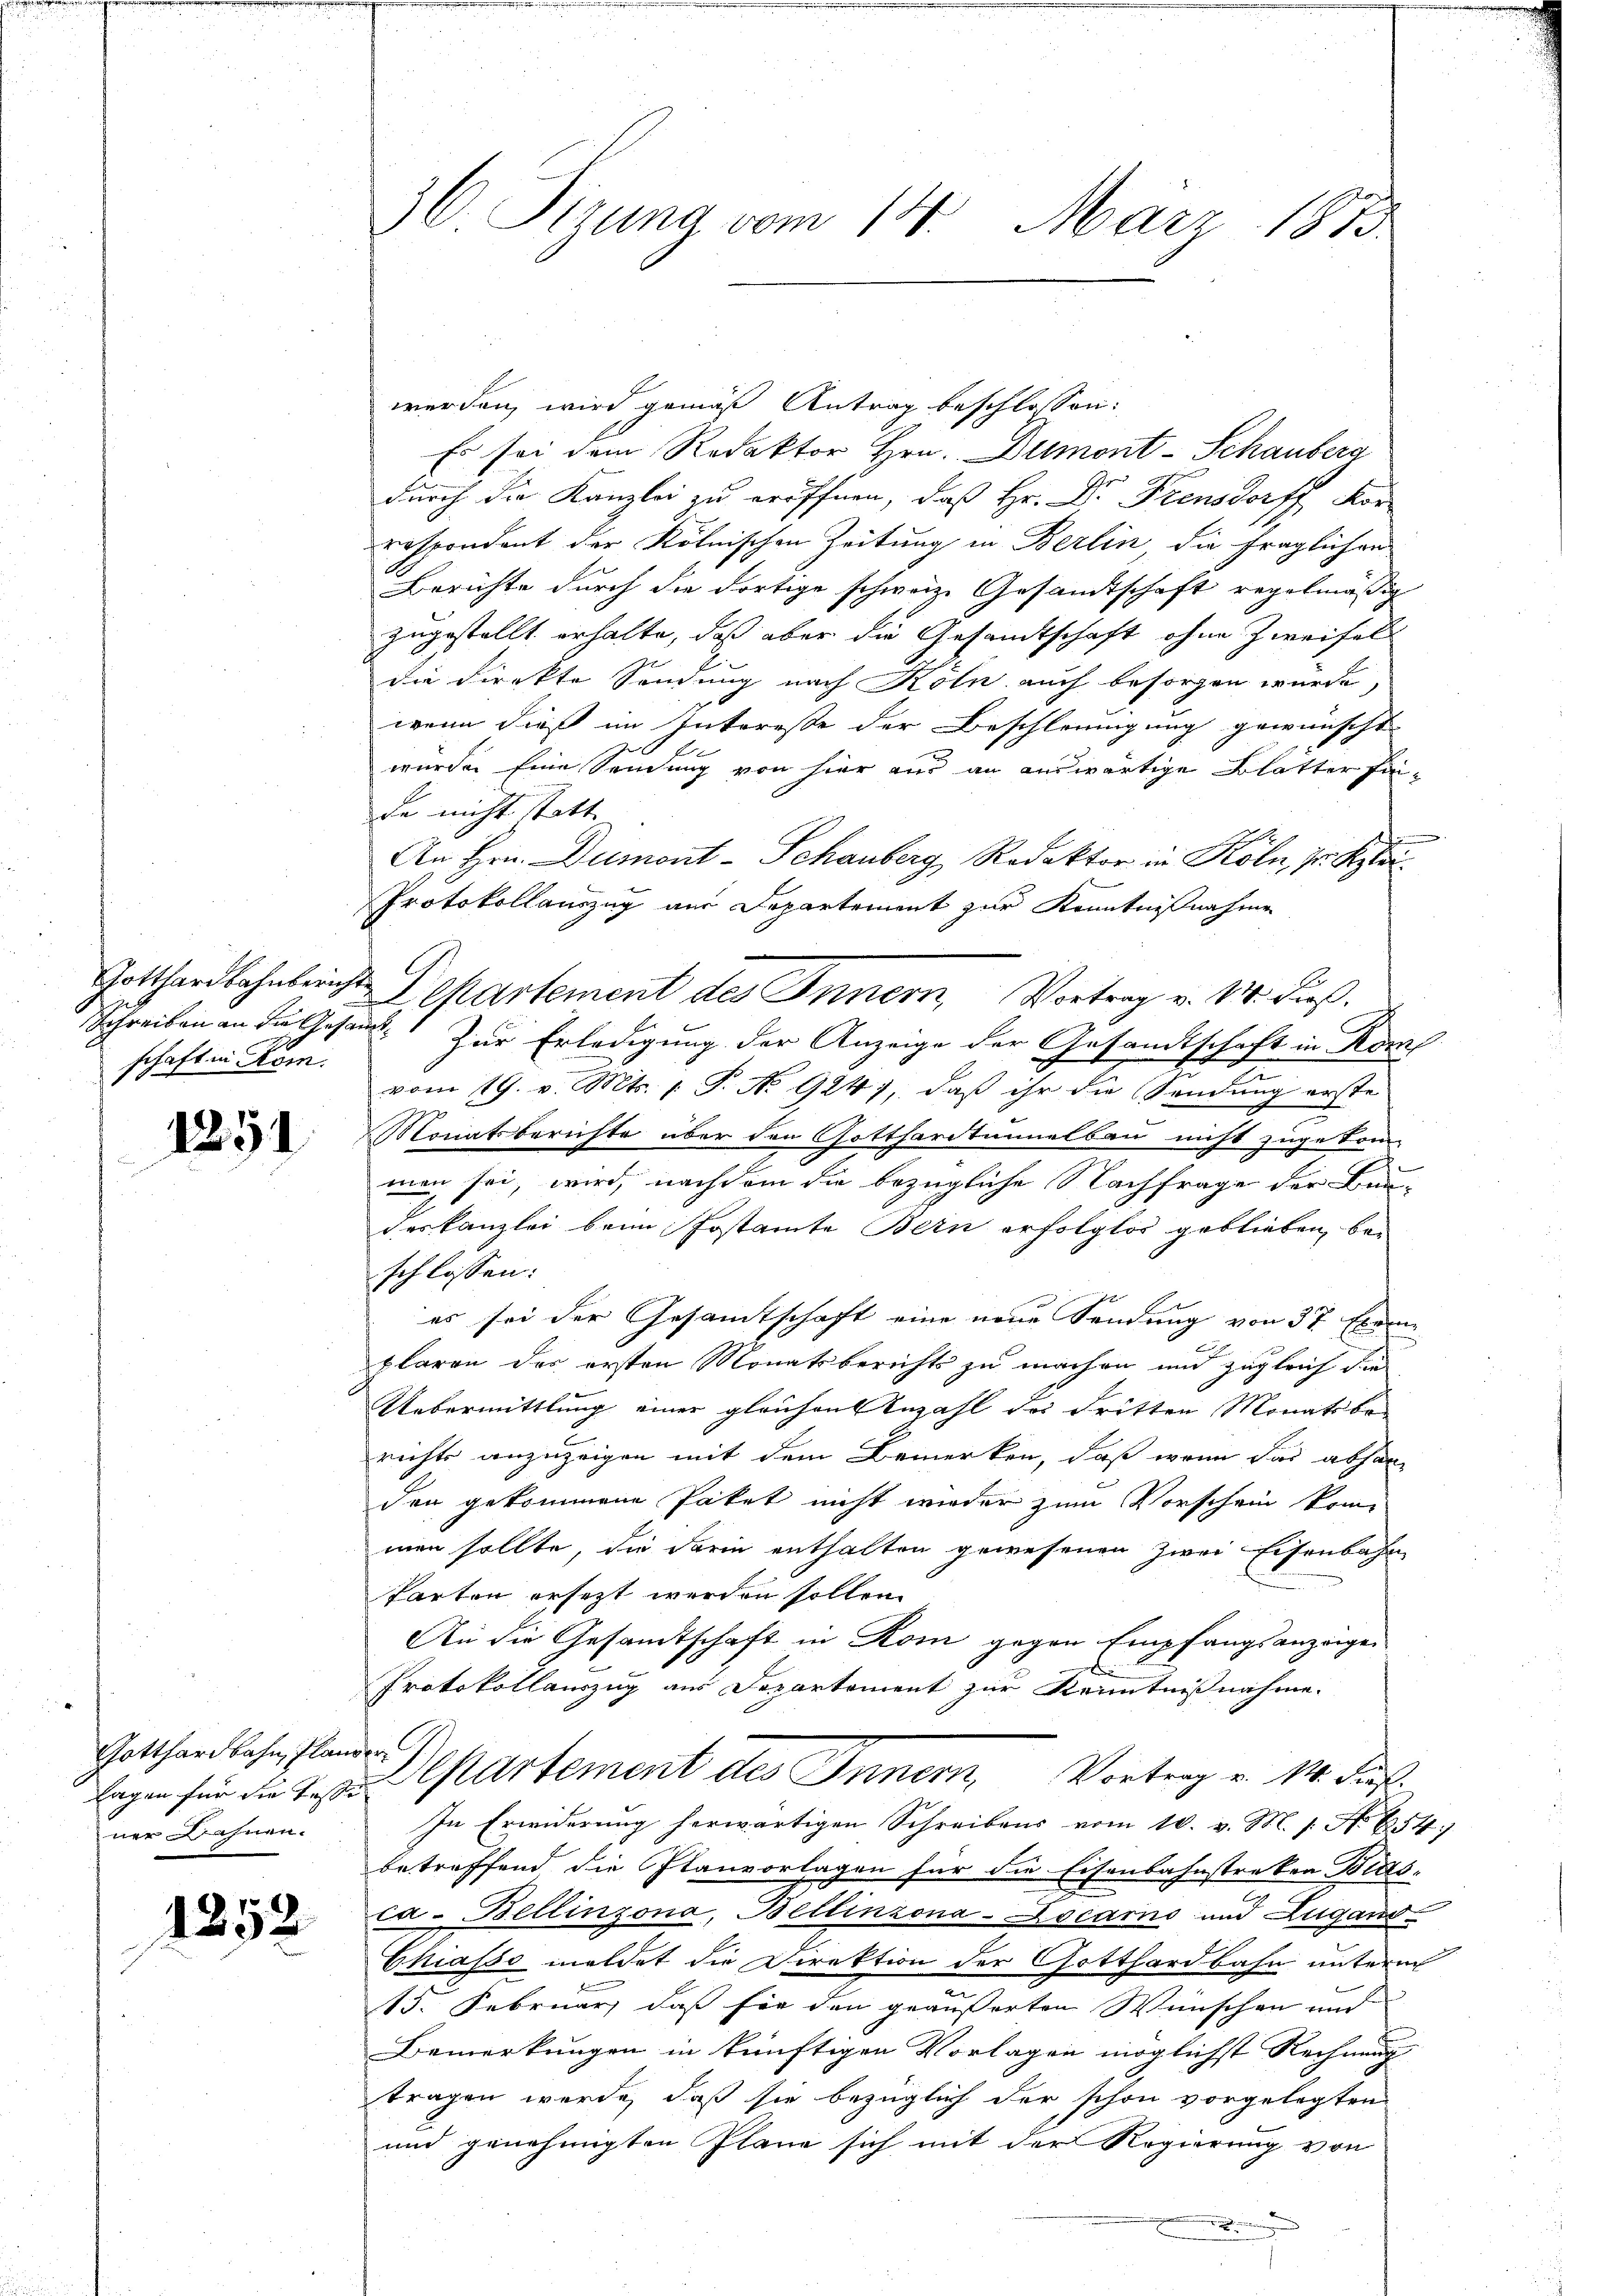
schaft in Rom.

1251

Gotthardbahn, Plander
ner Bahnen.

1252

36. Dirung vom 14. März 1873.

werden, wird gemäß Antrag beschlossen:
Es sei dem Redaktor Hrn. Dumont-Schauberg
durch die Kanzlei zu eröffnen, daß Hr. Dr Frensdorff Kor
respondent der Kölnischen Zeitung in Berlin, die fraglichen
A
Berichte durch die dortige schweiz. Gesandtschaft regelmäßig
zugestellt erhalte, daß aber die Gesandtschaft ohne Zweifel
die Direkte Sendung nach Köln auch besorgen wurde,
wenn dieß im Interesse der Beschleunigung gewünscht
wurden Eine Sendung von hier aus an auswärtige Blätter Fide nicht statt
An Hrn. Dumont-Schauberg, Redaktor in Köln, der Klei
Protokollauszug aus Departement zur Kenntnißnahme
Schreiben an die Gesammte Zur Erledigung der Anzeige der Gesandtschaft in Komp
vom 19. v. Mts. 1 S. No 9241, daß ihr die Sendung erste
Monatsberichte über den Gotthardtunnelbau nicht zugekom-
man sei, wird, nachdem die bezügliche Nachfrage der ken-
deskanzlei beim Postamte Bern erfolglos geblieben, bei
schlossen:
es sei der Gesamtschaft eine neue Sendung von 37 Exem
plaren des ersten Monatsberichts zu machen und zugleich die
Uebermittlung einer gleichen Anzahl des dritten Monatsbe
richts anzuzeigen mit dem Bemerken, daß wenn das abhan
den gekommene Paket nicht wieder zum Vorschein kom
men sollte, die darin enthalten gewesenen Zwei Eisenbahn
Parten ersetzt werden sollen.
An die Gesandtschaft in Rom gegen Empfangsanzeigen
E
Protokollauszug aus Departement zur Kenntnißnahme.
lagen für die Testal partement des Innern, Vortrag u. 14. Fuß.
In Erwiderung herwärtigen Schreibens vom 10. v. M. /: No 654.
betreffend die Planvorlagen für die Eisenbahnstraken Bitts-
ca-Bellinzona, Bellinzona-Locarns und Zugano
Chiasso meldet die Direktion der Gotthardbahn unterm
15. Februar, daß für den geäusserten Wünschen und
Bemerkungen in künftigen Vorlagen möglichst Rechnung
tragen werde, daß sie bezüglich der schon vorgelegten
und genehmigten Plane sich mit der Regierung von

Gotthardbahnbeinst Departement des Innern, Vortrag v. M. dieß.